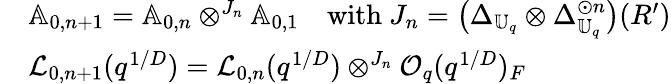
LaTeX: \begin{array}{rl}&{\mathbb{A}_{0,n+1}=\mathbb{A}_{0,n}\otimes^{J_{n}}\mathbb{A}_{0,1}\quad\mathrm{with~}J_{n}=\bigl(\Delta_{\mathbb{U}_{q}}\otimes\Delta_{\mathbb{U}_{q}}^{\odot n}\bigr)(R^{\prime})}\\ &{\mathcal{L}_{0,n+1}(q^{1/D})=\mathcal{L}_{0,n}(q^{1/D})\otimes^{J_{n}}\mathcal{O}_{q}(q^{1/D})_{F}}\end{array}